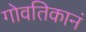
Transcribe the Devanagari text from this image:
गोवतिकानं